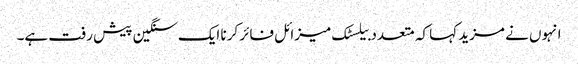
انہوں نے مزید کہا کہ متعدد بیلسٹک میزائل فائر کرنا ایک سنگین پیش رفت ہے۔